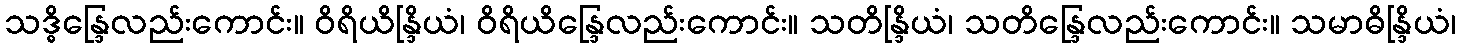
သဒ္ဓိန္ဒြေလည်းကောင်း။ ဝိရိယိန္ဒြိယံ၊ ဝိရိယိန္ဒြေလည်းကောင်း။ သတိန္ဒြိယံ၊ သတိန္ဒြေလည်းကောင်း။ သမာဓိန္ဒြိယံ၊